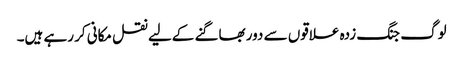
لوگ جنگ زدہ علاقوں سے دور بھاگنے کےلیے نقل مکانی کر رہے ہیں۔